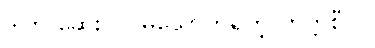
ဒါက ဆေးလိပ်မသောက်ရတဲ့ တက္ကစီပါ။